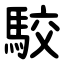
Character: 駮